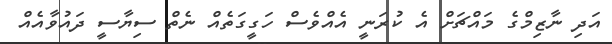
އަދި ނާޒިމްގެ މައްޗަށް އެ ކުރަނީ އެއްވެސް ހަގީގަތެއް ނެތް ސިޔާސީ ދައުވާއެއް